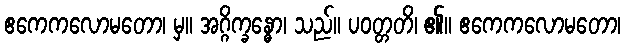
ဧကေကလောမတော၊ မှ။ အဂ္ဂိက္ခန္ဓော၊ သည်။ ပဝတ္တတိ၊ ၏။ ဧကေကလောမတော၊